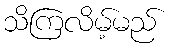
သိကြလိမ့်မည်